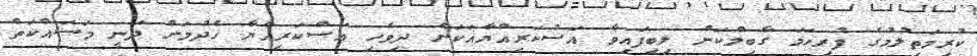
ކުރިމަތިލުމުގެ ފުރިހަމަ ގާބިލްކަން ލިބިފައިވާ އަސްކަރިއްޔާއަކަށް ދިވެހި އަސްކަރިއްޔާ ހެދުމަށް ދަނީ މަސައްކަތް